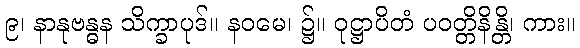
၉၊ နာနုဗန္ဓန သိက္ခာပုဒ်။ နဝမေ၊ ၌။ ဝုဋ္ဌာပိတံ ပဝတ္တိနိန္တိ၊ ကား။